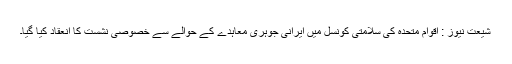
شیعت نیوز : اقوام متحدہ کی سلامتی کونسل میں ایرانی جوہری معاہدے کے حوالے سے خصوصی نشست کا انعقاد کیا گیا۔